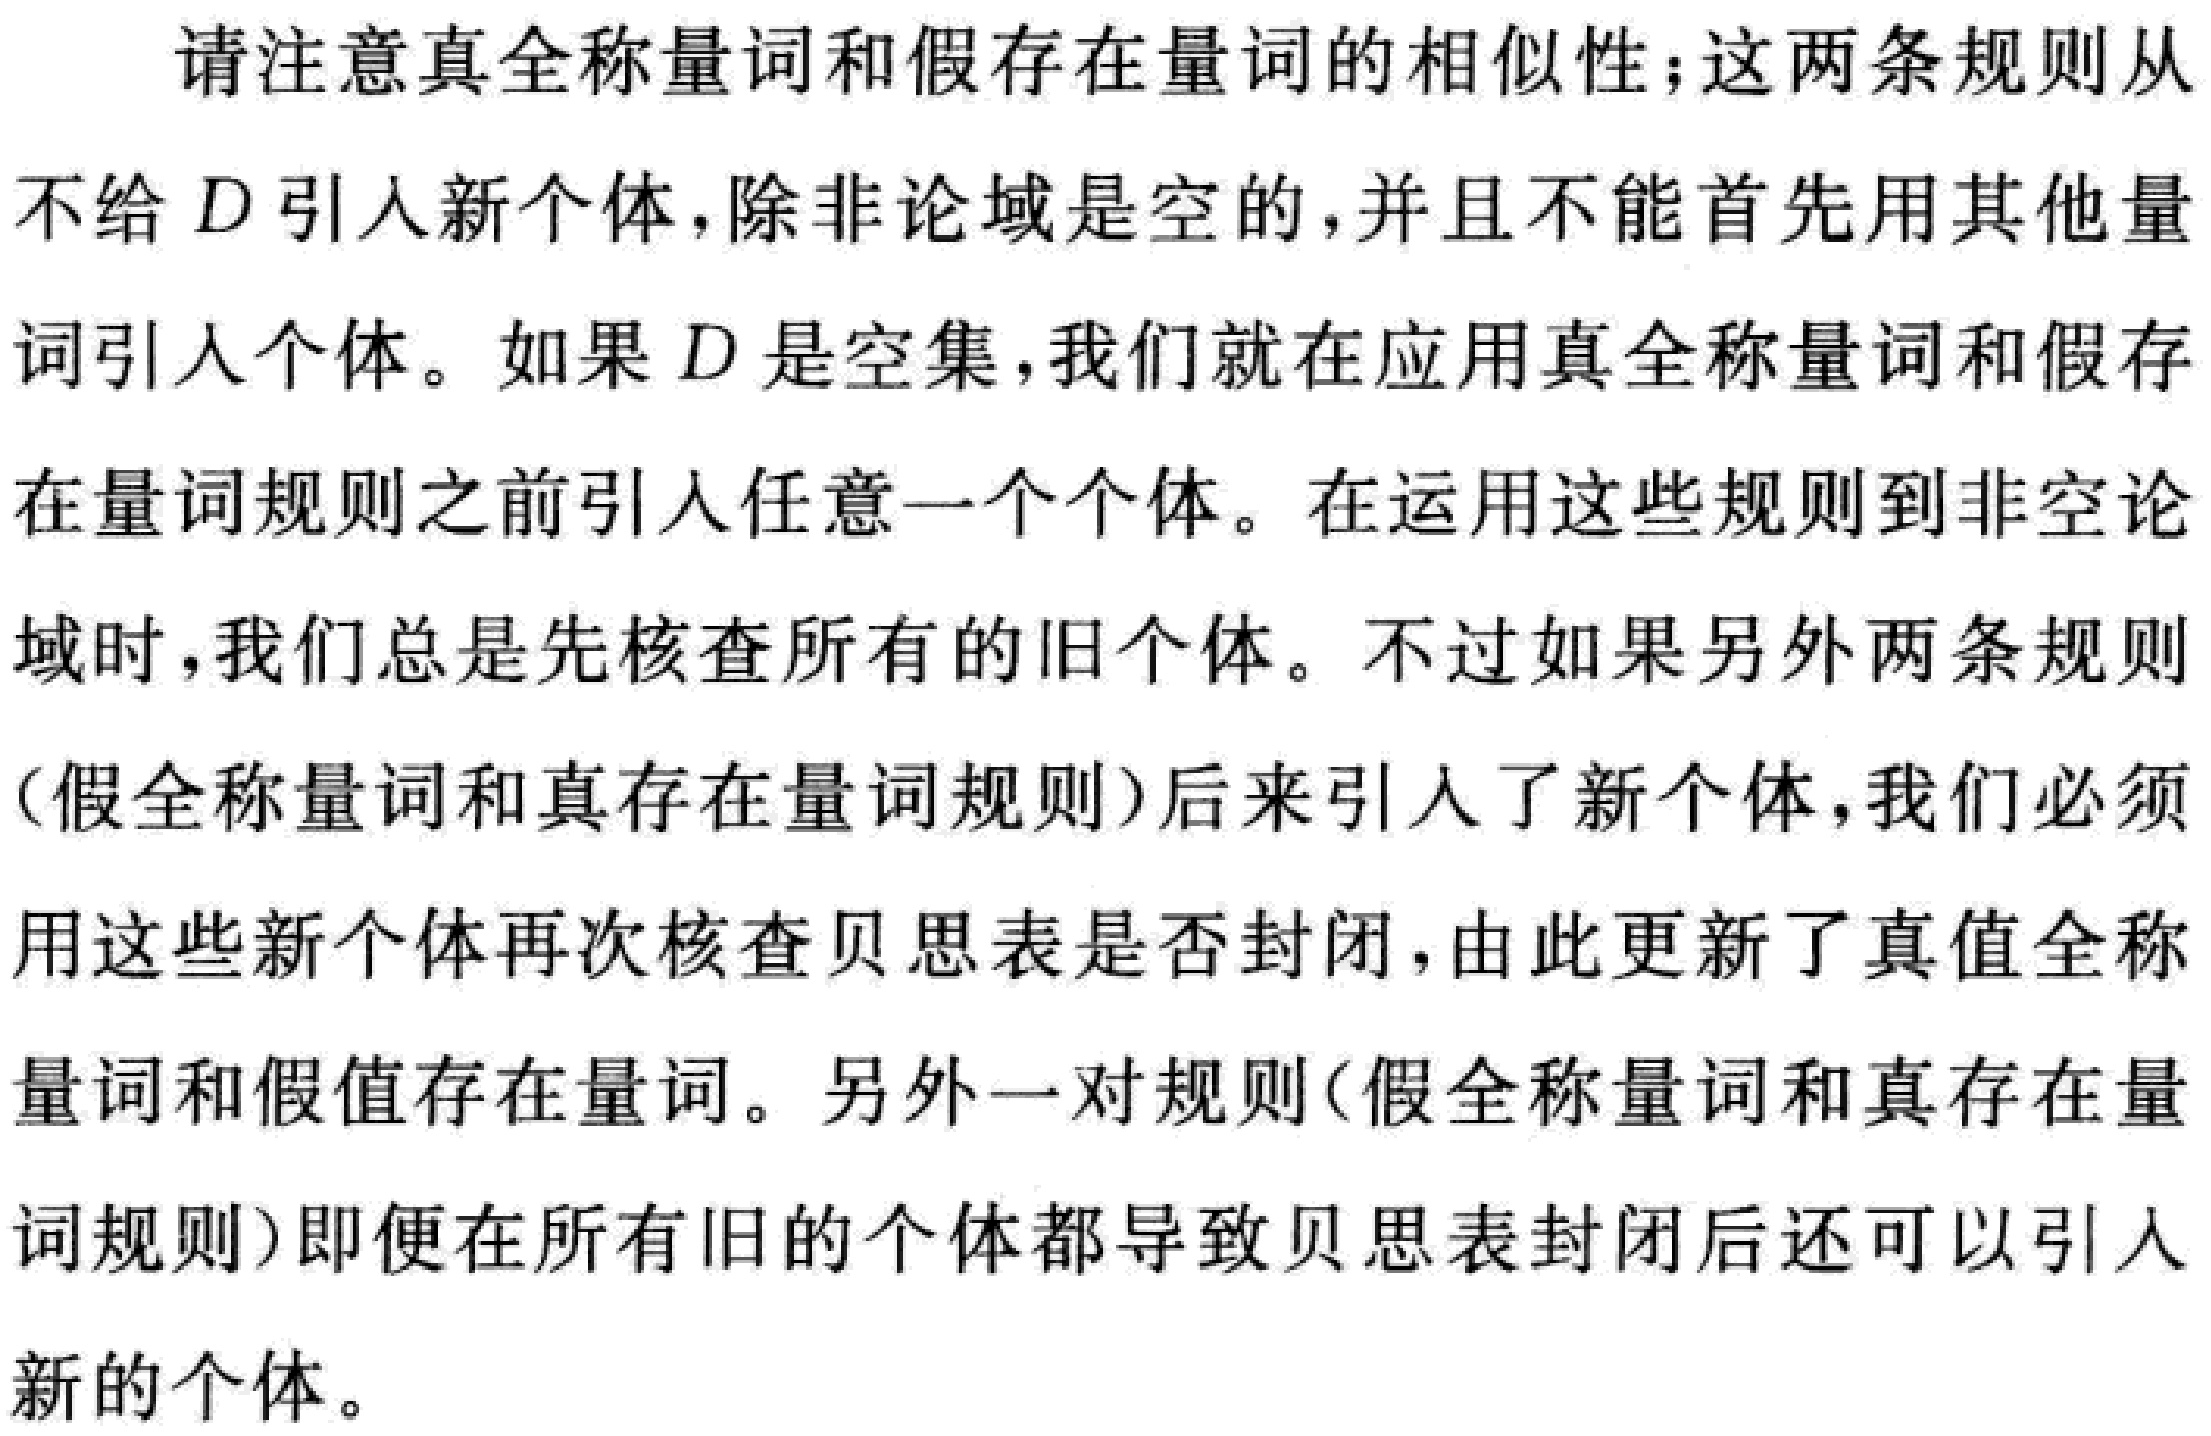
请注意真全称量词和假存在量词的相似性；这两条规则从不给 \(D\) 引人新个体，除非论域是空的，并且不能首先用其他量词引人个体。如果 \(D\) 是空集，我们就在应用真全称量词和假存在量词规则之前引人任意一个个体。在运用这些规则到非空论域时，我们总是先核查所有的旧个体。不过如果另外两条规则（假全称量词和真存在量词规则）后来引人了新个体，我们必须用这些新个体再次核查贝思表是否封闭，由此更新了真值全称量词和假值存在量词。另外一对规则（假全称量词和真存在量词规则）即便在所有旧的个体都导致贝思表封闭后还可以引人新的个体。